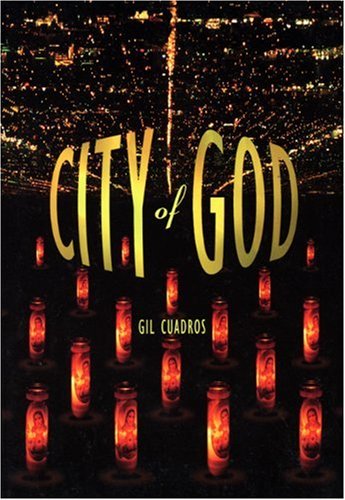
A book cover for City of God; Gil Cuadros; Literature & Fiction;